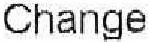
CHANGE